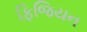
ફિજિયન